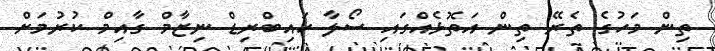
ތިން މަހުގެ ތެރޭ ތިން އަތޮޅެއްގައި ސޯލާ ހައިބްރިޑް ނިޒާމް ގާއިމް ކުރުމަށް